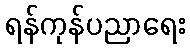
ရန်ကုန်ပညာရေး